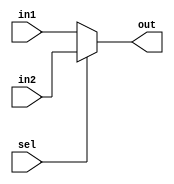
module MUX_2x1 (
input [31:0] in1 , in2,
input sel,
output [31:0] out
);

assign out = (sel)? in2 : in1 ;

endmodule